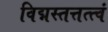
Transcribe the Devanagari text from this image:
विद्मस्तत्तत्त्वं